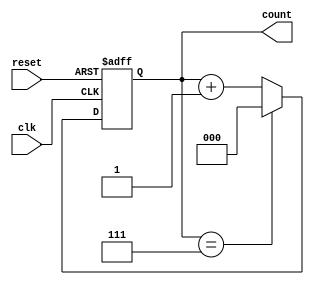
module up_counter_moore (
    input wire clk,         // Clock input
    input wire reset,       // Asynchronous reset (active high)
    output reg [2:0] count  // 3-bit counter output
);
    // State transition logic
    always @(posedge clk or posedge reset) begin
        if (reset) begin
            count <= 3'b000; // Reset count to 0
        end else begin
            if (count == 3'b111) begin // If current count is 7 (111)
                count <= 3'b000; // Wrap around to 0
            end else begin
                count <= count + 1; // Increment count
            end
        end
    end
endmodule